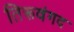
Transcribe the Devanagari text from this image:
तिरूवंगद